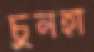
চুনহা